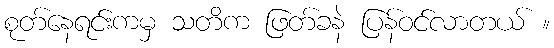
စုတ်နေရင်းကမှ သတိက ဖြတ်ခနဲ ပြန်ဝင်လာတယ် ။